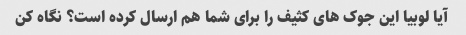
آیا لوبیا این جوک های کثیف را برای شما هم ارسال کرده است؟ نگاه کن